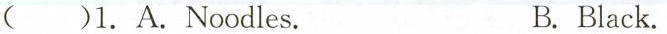
( )1. A.Noodles. B. Black.